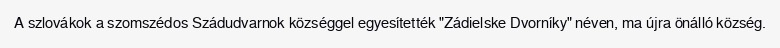
A szlovákok a szomszédos Szádudvarnok községgel egyesítették "Zádielske Dvorníky" néven, ma újra önálló község.